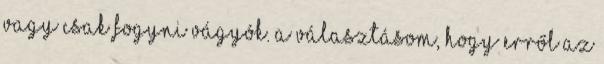
vagy csak fogyni vágyók. A választásom, hogy erről az